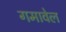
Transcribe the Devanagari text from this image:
गमावेल